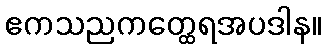
ဧကသညကတ္ထေရအပဒါန။